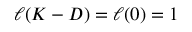
\ell ( K - D ) = \ell ( 0 ) = 1